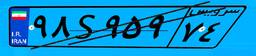
۹۸S۹۵۹۷۴